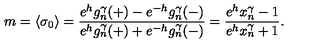
m = \langle \sigma _ { 0 } \rangle = \frac { e ^ { h } g _ { n } ^ { \gamma } ( + ) - e ^ { - h } g _ { n } ^ { \gamma } ( - ) } { e ^ { h } g _ { n } ^ { \gamma } ( + ) + e ^ { - h } g _ { n } ^ { \gamma } ( - ) } = \frac { e ^ { h } x _ { n } ^ { \gamma } - 1 } { e ^ { h } x _ { n } ^ { \gamma } + 1 } .